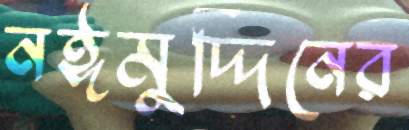
নঈমুদ্দিনের